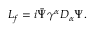
{ \cal L } _ { f } = i \bar { \Psi } \gamma ^ { \alpha } { \cal D } _ { \alpha } \Psi .